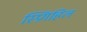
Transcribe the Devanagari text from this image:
स्प्रिंगहिल